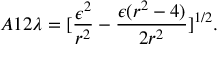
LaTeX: A 1 2 \lambda = [ \frac { \epsilon ^ { 2 } } { r ^ { 2 } } - \frac { \epsilon ( r ^ { 2 } - 4 ) } { 2 r ^ { 2 } } ] ^ { 1 / 2 } .